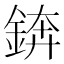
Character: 錛